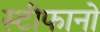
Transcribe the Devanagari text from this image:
स्टीफानो